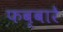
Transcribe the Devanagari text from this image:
फब्बारे